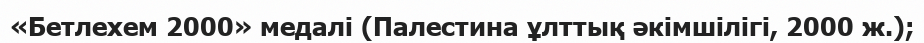
«Бетлехем 2000» медалі (Палестина ұлттық әкімшілігі, 2000 ж.);